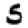
Digit: 5